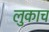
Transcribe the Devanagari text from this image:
लुकाच